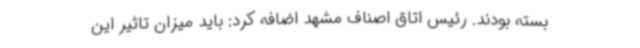
بسته بودند. رئیس اتاق اصناف مشهد اضافه کرد: باید میزان تاثیر این